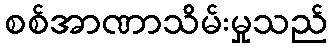
စစ်အာဏာသိမ်းမှုသည်